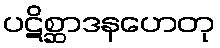
ပဋိစ္ဆာဒနဟေတု